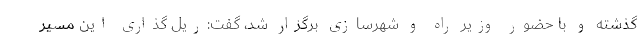
گذشته و با حضور وزیر راه و شهرسازی برگزار شد، گفت:ریل گذاری این مسیر